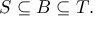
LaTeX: S \subseteq B \subseteq T .